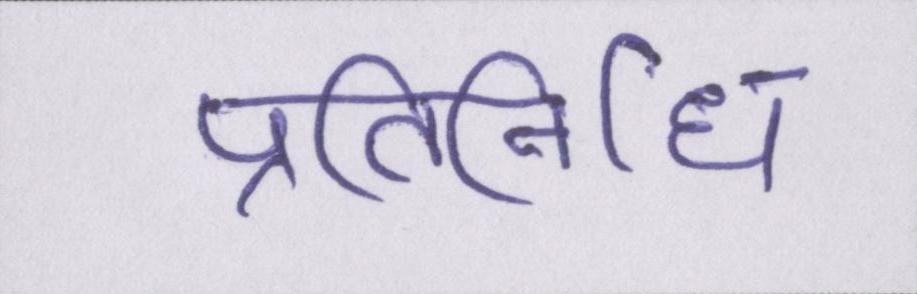
प्रतिनिधि